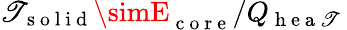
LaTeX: \mathscr{T}_{\mathrm{{~s~o~l~i~d~}}}\simE_{\mathrm{{~c~o~r~e~}}}/Q_{\mathrm{{~h~e~a~\mathscr{T}~}}}